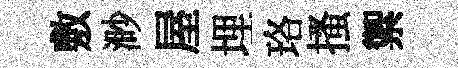
敷渺屋埋珞搔禦